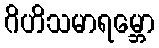
ဂိဟိသမာရမ္ဘော